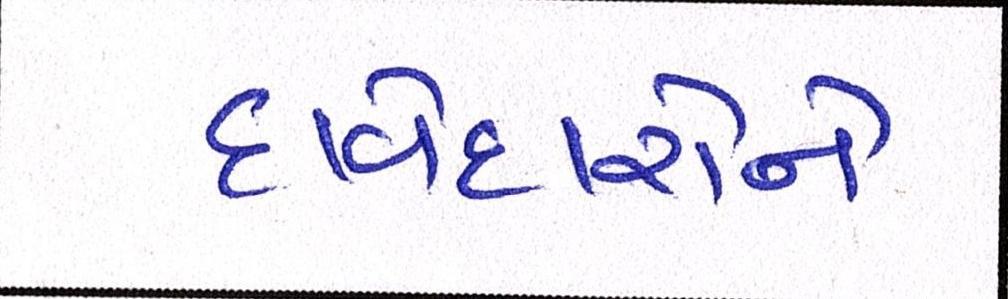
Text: દાવેદારોને